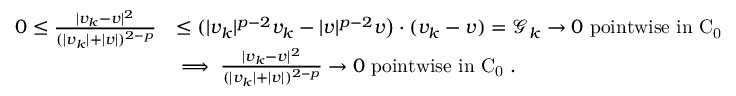
\begin{array} { r l } { 0 \le \frac { | v _ { k } - v | ^ { 2 } } { ( | v _ { k } | + | v | ) ^ { 2 - p } } } & { \le ( | v _ { k } | ^ { p - 2 } v _ { k } - | v | ^ { p - 2 } v \big ) \cdot ( v _ { k } - v ) = \mathcal G _ { k } \to 0 \mathrm { ~ p o i n t w i s e ~ i n ~ C _ 0 ~ } } \\ & { \implies \frac { | v _ { k } - v | ^ { 2 } } { ( | v _ { k } | + | v | ) ^ { 2 - p } } \to 0 \mathrm { ~ p o i n t w i s e ~ i n ~ C _ 0 ~ . } } \end{array}